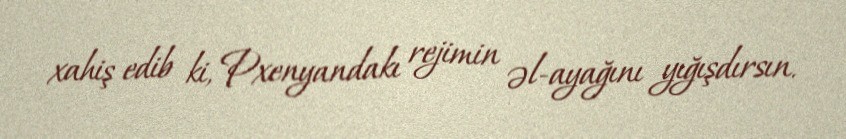
xahiş edib ki, Pxenyandakı rejimin əl-ayağını yığışdırsın.